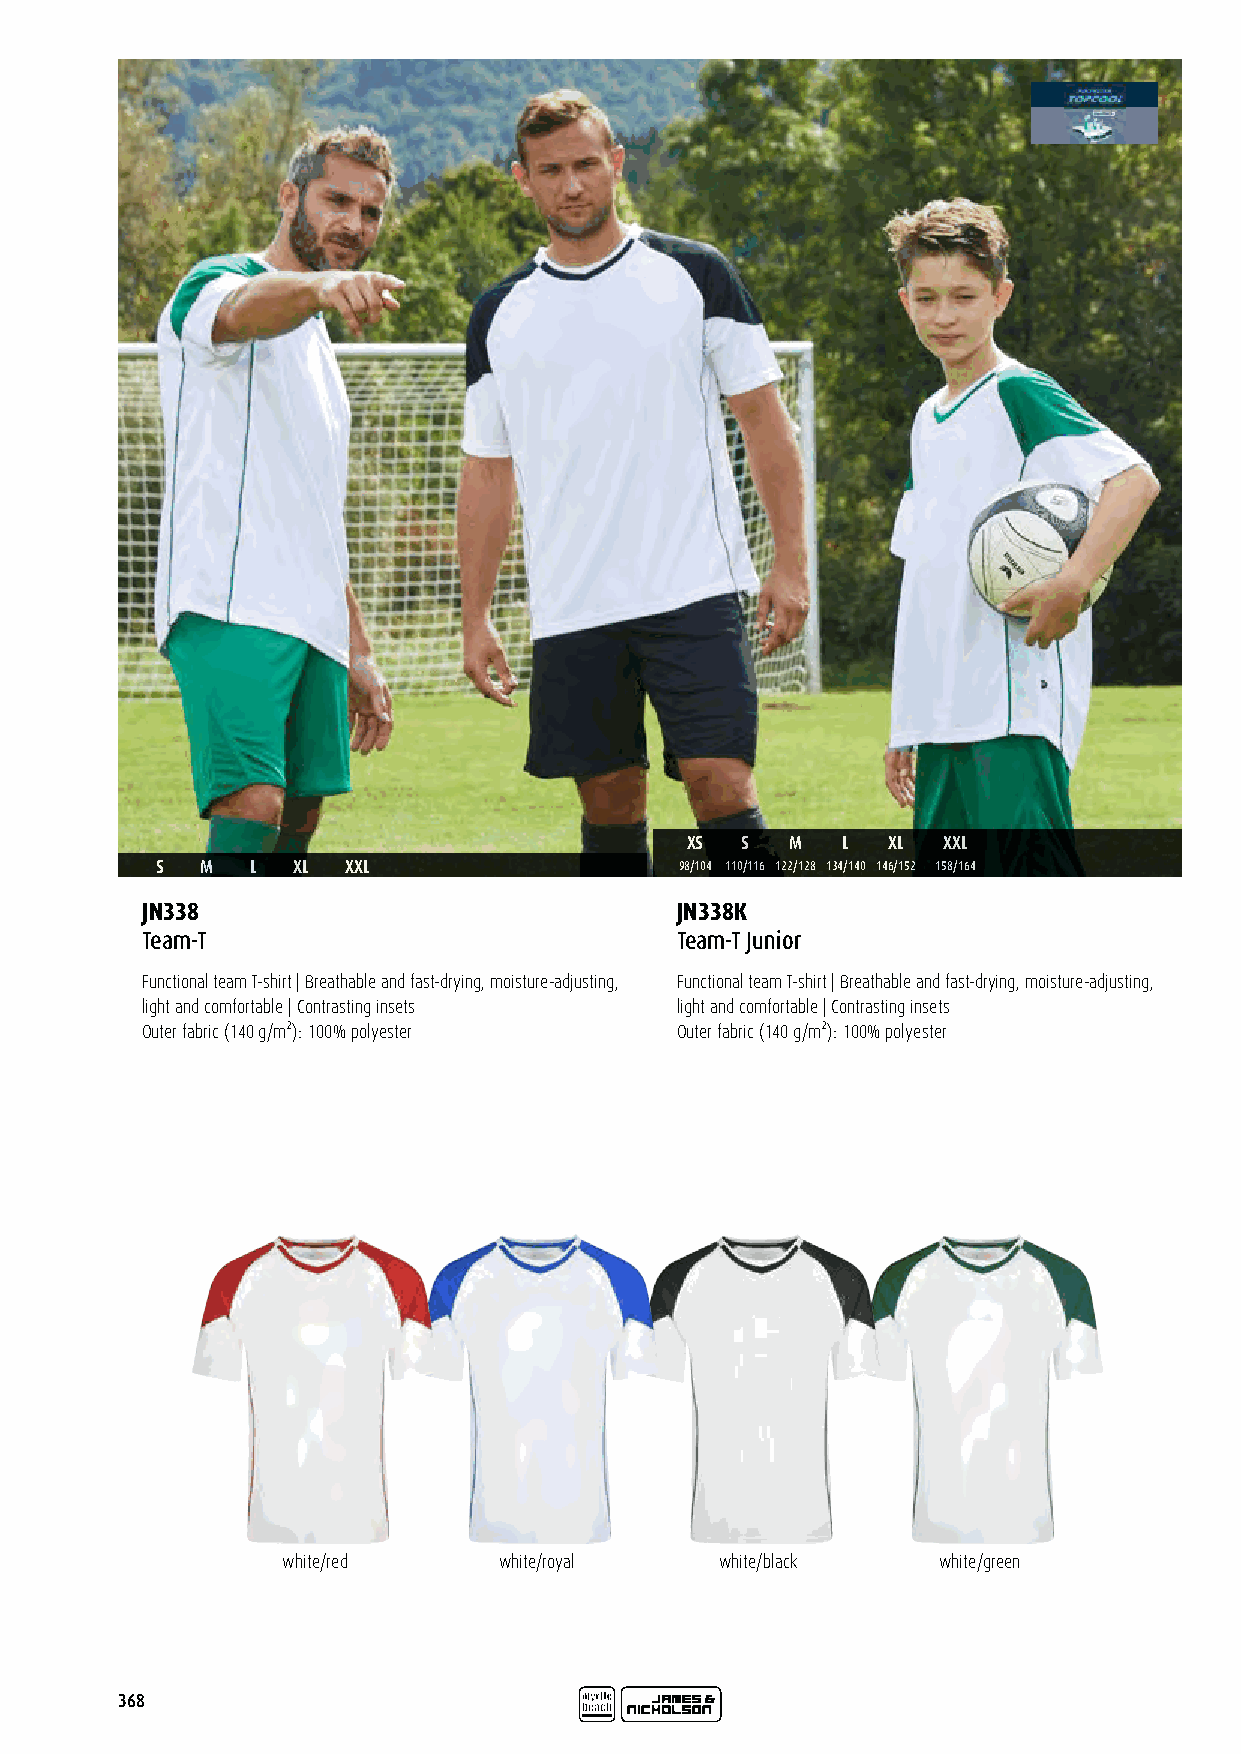
XS  S  M   L  XL XXL
 S  M   L XL  XXL                   98/104 110/116 122/128 134/140 146/152 158/164
 JN338                               JN338K
 Team-T                              Team-T Junior
 Functional team T-shirt | Breathable and fast-drying, moisture-adjusting, Functional team T-shirt | Breathable and fast-drying, moisture-adjusting,
 light and comfortable | Contrasting insets light and comfortable | Contrasting insets
 Outer fabric (140 g/m²): 100% polyester Outer fabric (140 g/m²): 100% polyester
 white/red     white/royal    white/black   white/green
 368